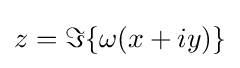
z=\Im \{\omega (x+iy)\}